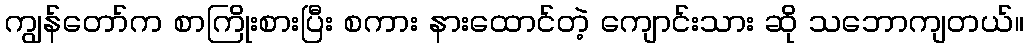
ကျွန်တော်က စာကြိုးစားပြီး စကား နားထောင်တဲ့ ကျောင်းသား ဆို သဘောကျတယ်။